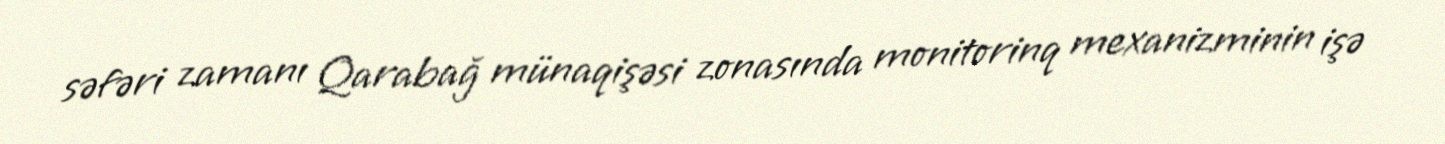
səfəri zamanı Qarabağ münaqişəsi zonasında monitorinq mexanizminin işə